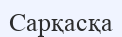
Сарқасқа